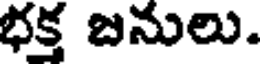
భక్త బనులు.